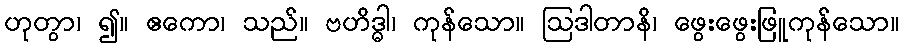
ဟုတွာ၊ ၍။ ဧကော၊ သည်။ ဗဟိဒ္ဓါ၊ ကုန်သော။ ဩဒါတာနိ၊ ဖွေးဖွေးဖြူကုန်သော။